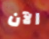
الآن